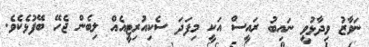
ނަވާޒު ވިދާޅުވީ ނައިބު ރައީސް އަކީ މިފަދަ ސެކިއުރިޓީއެއް ލިބެން ޖެހޭ ބޭފުޅެކެވެ.